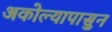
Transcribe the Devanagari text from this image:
अकोल्यापासुन